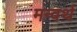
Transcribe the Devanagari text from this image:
मन्वर्थ